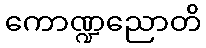
ကောဏ္ဍညောတိ